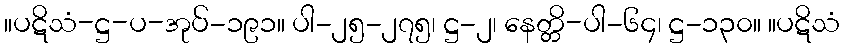
။ပဋိသံ-ဋ္ဌ-ပ-အုပ်-၁၉၁။ ပါ-၂၅-၂၇၅၊ ဋ္ဌ-၂၊ နေတ္တိ-ပါ-၆၄၊ ဋ္ဌ-၁၃၀။ ။ပဋိသံ